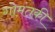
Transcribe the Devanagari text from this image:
गोमंतकी